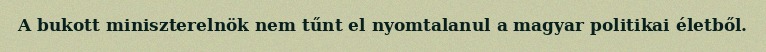
A bukott miniszterelnök nem tűnt el nyomtalanul a magyar politikai életből.